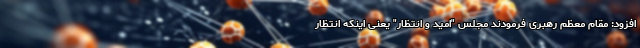
افزود: مقام معظم رهبری فرمودند مجلس "امید و انتظار" یعنی اینکه انتظار